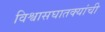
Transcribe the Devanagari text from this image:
विश्वासघातक्यांची